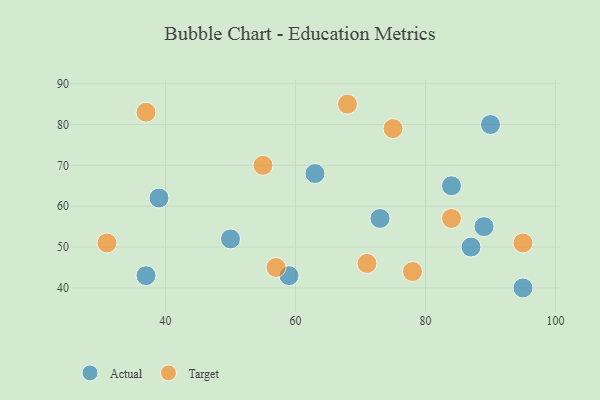
{"axis": {"x": "GDP", "y": "Life Expectancy"}, "legend": ["Actual", "Target"], "data": [{"x": "63", "y": 68, "type": "Actual"}, {"x": "90", "y": 80, "type": "Actual"}, {"x": "39", "y": 62, "type": "Actual"}, {"x": "95", "y": 40, "type": "Actual"}, {"x": "84", "y": 65, "type": "Actual"}, {"x": "87", "y": 50, "type": "Actual"}, {"x": "73", "y": 57, "type": "Actual"}, {"x": "37", "y": 43, "type": "Actual"}, {"x": "89", "y": 55, "type": "Actual"}, {"x": "59", "y": 43, "type": "Actual"}, {"x": "50", "y": 52, "type": "Actual"}, {"x": "68", "y": 85, "type": "Target"}, {"x": "78", "y": 44, "type": "Target"}, {"x": "55", "y": 70, "type": "Target"}, {"x": "84", "y": 57, "type": "Target"}, {"x": "75", "y": 79, "type": "Target"}, {"x": "71", "y": 46, "type": "Target"}, {"x": "31", "y": 51, "type": "Target"}, {"x": "37", "y": 83, "type": "Target"}, {"x": "57", "y": 45, "type": "Target"}, {"x": "95", "y": 51, "type": "Target"}]}